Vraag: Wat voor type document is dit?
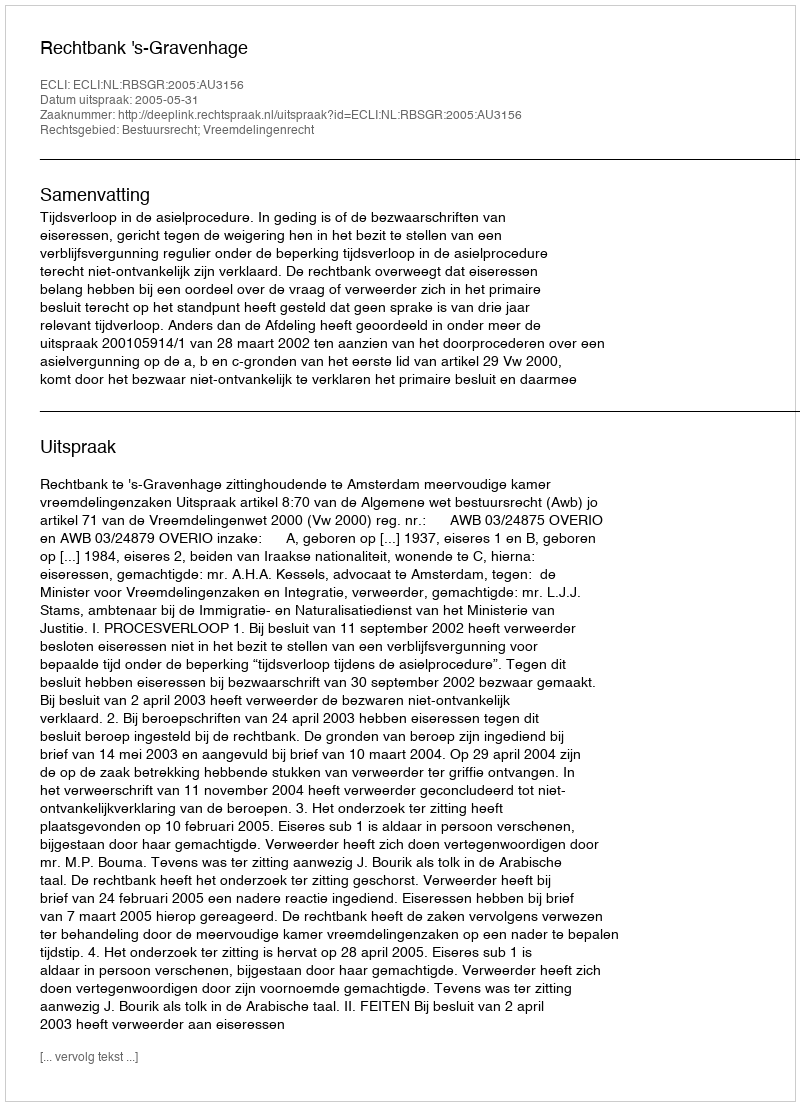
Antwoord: Uitspraak